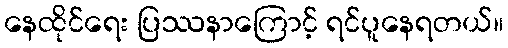
နေထိုင်ရေး ပြဿနာကြောင့် ရင်ပူနေရတယ်။